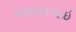
ઓએસઆઇ